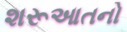
શરૂઆતનો